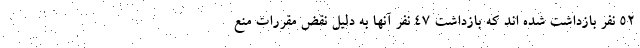
۵۲ نفر بازداشت شده اند که بازداشت ۴۷ نفر آنها به دلیل نقض مقررات منع